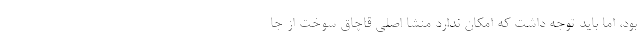
بود، اما باید توجه داشت که امکان ندارد منشا اصلی قاچاق سوخت از جا